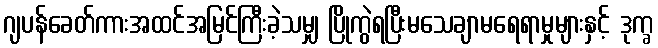
ဂျပန်ခေတ်ကားအထင်အမြင်ကြီးခဲ့သမျှ ပြိုကွဲရပြီးမသေချာမရေရာမှုများနှင့် ဒုက္ခ